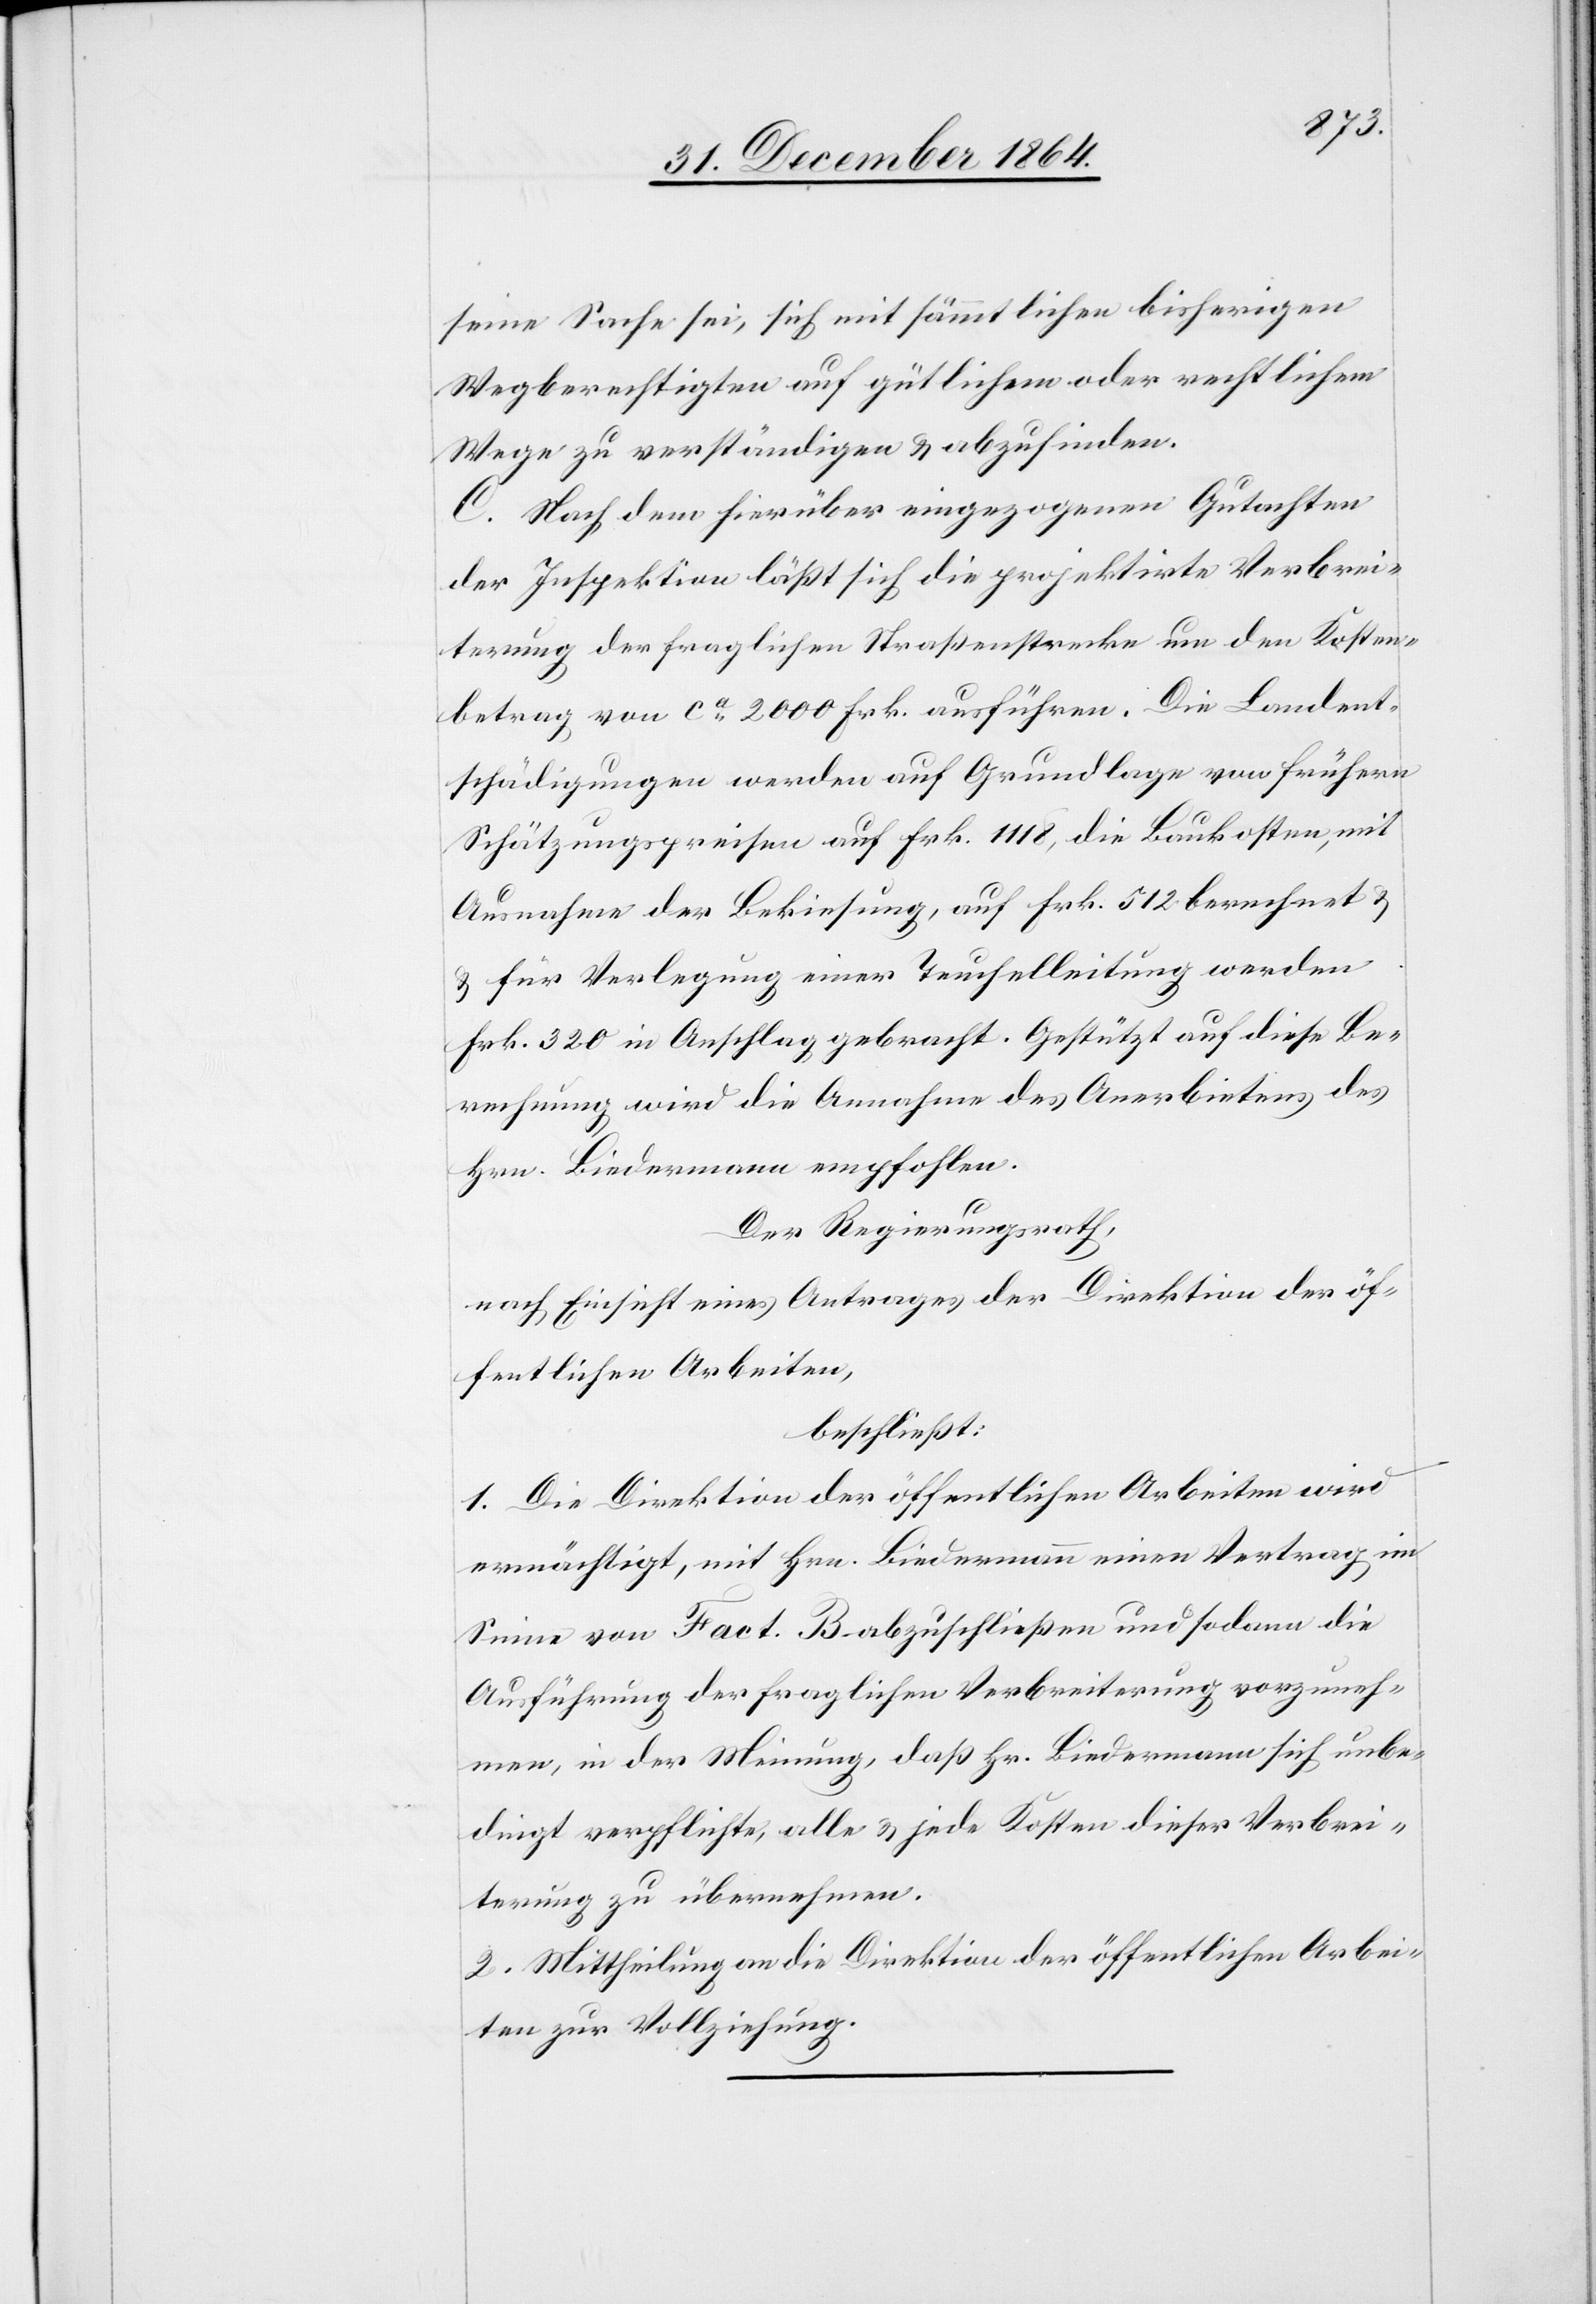
seine Sache sei, sich mit sämmtlichen bisherigen
Wegberechtigten auf gütlichem oder rechtlichem
Wege zu verständigen & abzufinden.
C. Nach dem hierüber eingezogenen Gutachten
der Inspektion läßt sich die projektirte Verbrei¬
terung der fraglichen Straßenstrecke um den Kosten¬
betrag von ca 2000 Frk. ausführen. Die Landent¬
schädigungen werden auf Grundlage von frühern
Schätzungspreisen auf Frk. 1118, die Baukosten, mit
Ausnahme der Bekiesung, auf Frk. 512 berechnet &
für Verlegung einer Teuchelleitung werden
Frk. 320 in Anschlag gebracht. Gestützt auf diese Be¬
rechnung wird die Annahme des Anerbietens des
Hrn. Biedermann empfohlen.
Der Regierungsrath,
nach Einsicht eines Antrages der Direktion der öf¬
fentlichen Arbeiten,
beschließt:
1. Die Direktion der öffentlichen Arbeiten wird
ermächtigt, mit Hrn. Biedermann einen Vertrag im
Sinne von Fact. B abzuschließen und sodann die
Ausführung der fraglichen Verbreiterung vorzuneh¬
men, in der Meinung, daß Hr. Biedermann sich unbe¬
dingt verpflichte, alle & jede Kosten dieser Verbrei¬
terung zu übernehmen.
2. Mittheilung an die Direktion der öffentlichen Arbei¬
ten zur Vollziehung.